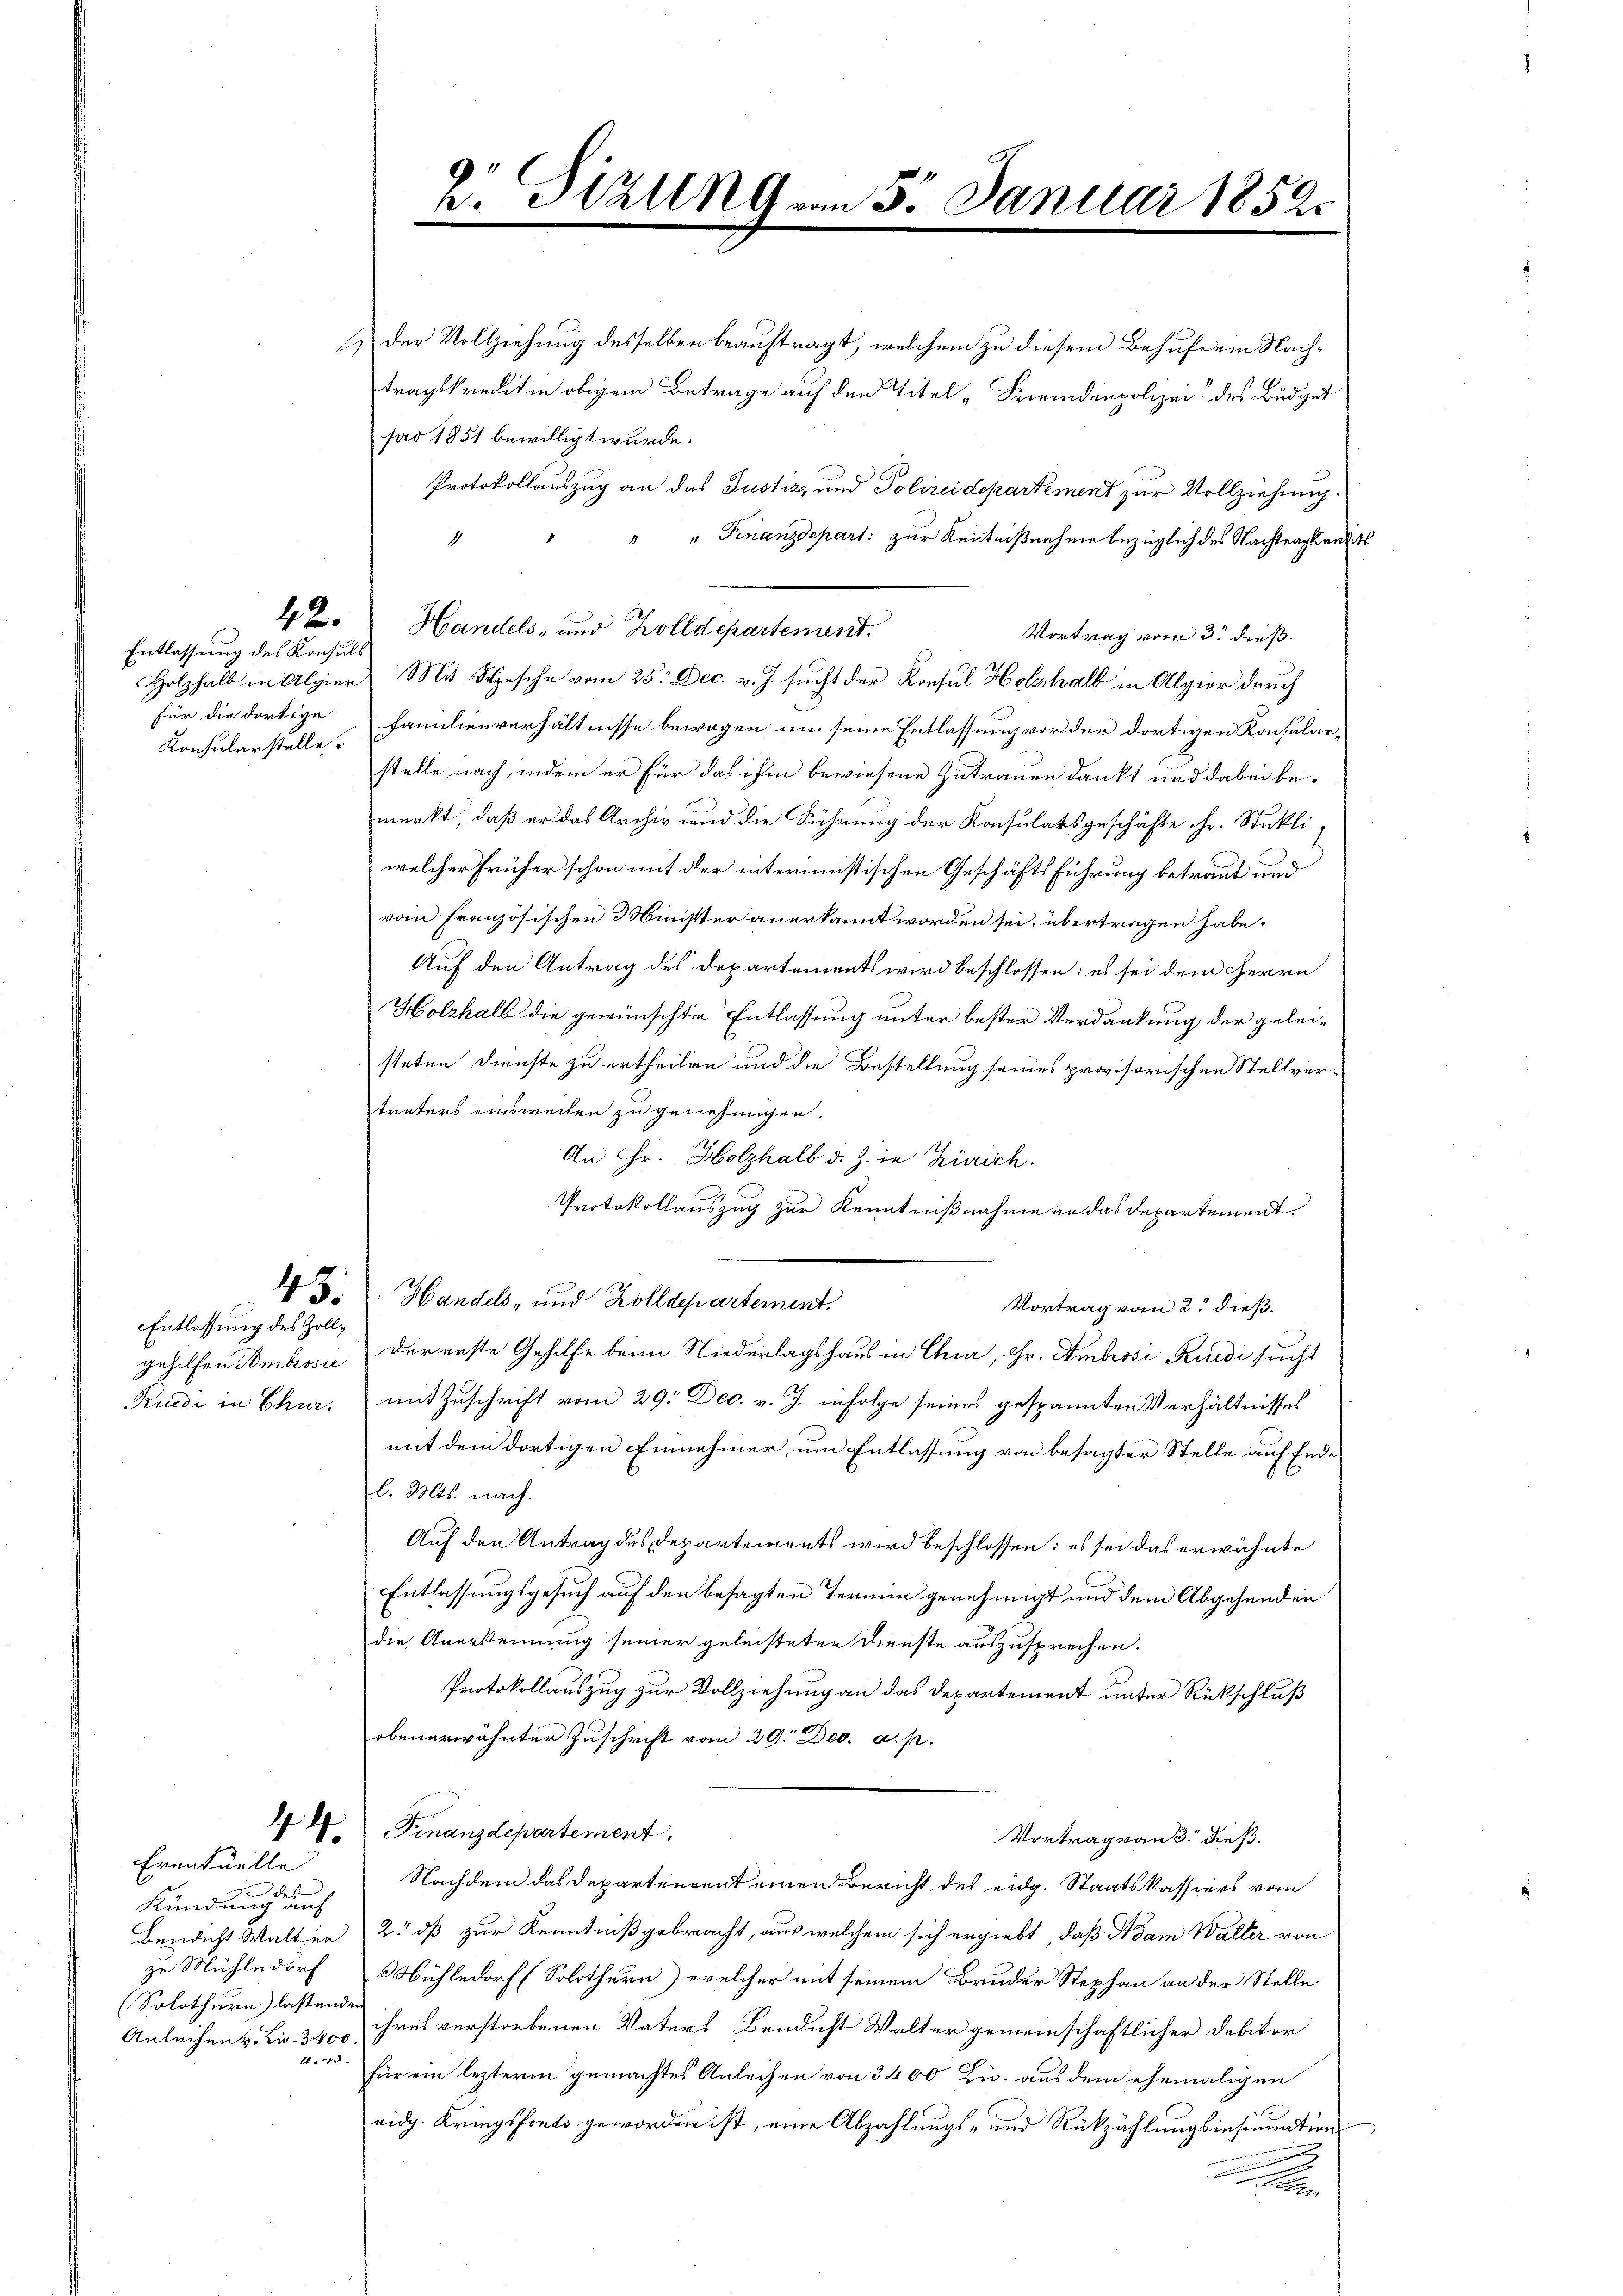
Entlassung des Konsuls
Konsularstelle

Entlassung des Zoll¬

Eventuelle
7 des
Kündung auf
(Solothurn) lastenden
Anleihen v. Kr. 3400

der Vollziehung desselben beauftragt, welchem zu diesem Behufe ein Nachtragskreditin obigem Betrage auf den Titel „Fremdenpolizei des Büdget
far 1851 bewilligt wurde.
Protokollauszug an das Justiz, und Polizeidepartement zur Vollziehung.
" " Finanzdepart: zur Kenntnißnahme bezüglich des Nachtragendes
1
42. Handels- und Zolldepartement.
Vortrag vom 3. dieß.
Holzhalb in Algier Mit Besche vom 25. Dec. v. J. sucht der Konsul Holzhalb in Algier durch
für die dortige Familienverhältnisse bewogen um seine Entlassung vor der dortigen Konsularstelle nach, indem er für das ihm bewiesene Zutrauen dankt und dabei bemerkt, daß er das Archiv und die Führung der Konsulatsgeschäfte Hr. Stukliwelcher früher schon mit der interimistischen Geschäftsführung betraut und
vom französischen Minister anerkannt worden sei, übertragen habe.
Auf den Antrag des Departements wird beschlossen: es sei dem Herrn
Holzhalb die gewünschten Entlassung unter bester Verdankung der geleisteten Dienste zu ertheilen und die Bestellung seines provisorischen Stellvertreters einsweilen zu genehmigen.
An Hr. Holzhalb d. J. in Zürich.
Protokollauszug zur Kenntnißnahme an das Departement
3: Handels- und Zolldepartement.
Vortrag vom 3. dieß.
gehilfen Ambrosić der erste Gehilfe beim Niederlagshaus in Chur, Hr. Ambrosi Ruedi sucht
Rudi in Chur, mit Zuschrift vom 29. Dec. v. J. infolge seines gespannten Verhältnisses
mit dem dortigen Einnehmer, um Entlassung von besagter Stelle auf Ende
l. Mts. nach.
Auf den Antrag des Departements wird beschlossen: es sei das erwähnte
Entlassungsgesuch auf den besagten Termin genehmigt und dem Abgehenden
die Anerkennung seiner geleisteten Dienste auszusprechen.
Protokollauszug zur Vollziehung an das Departement unter Rückschluß
obenerwähnter Zuschrift vom 29. Dec. a. p.
44. Finanzdepartement.
Vortrag von 3. dieß.
Nachdem das Departengent einen Bericht des eidg. Staatskassiers vom
Bendicht Walten 2. dß zur Kenntniß gebracht, aus welchem sich ergiebt, daß Adam Walter von
zu Mühledorf Obühledorf (Solothurn) welcher mit seinem Bruder Stephan an der Stelle
ihres verstorbenen Vaters Bendust Walter gemeinschaftlicher Debitor
A. 18
für ein lezterm gemachtes Anleihen von 3400 u. aus dem ehemaligen
eidg. Kriegsforts geworden ist, eine Abzahlungs- und Rückzahlungsinsinuation
.
n
lee

A

V. Sizung vom 5. Januar 1852.